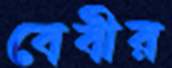
বেবীর